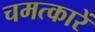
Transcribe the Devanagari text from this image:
चमत्कारें